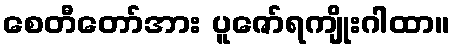
စေတီတော်အား ပူဇော်ရကျိုးဂါထာ။